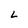
Character: L